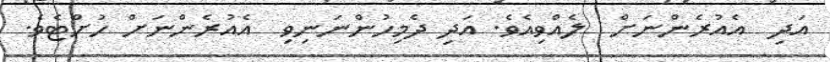
އަދި  އެއުރެންނަށް  ލެއްވިއެވެ. އަދި ދެމިހުންނަނިވި  އެއުރެންނަށް ހުށްޓެވެ.